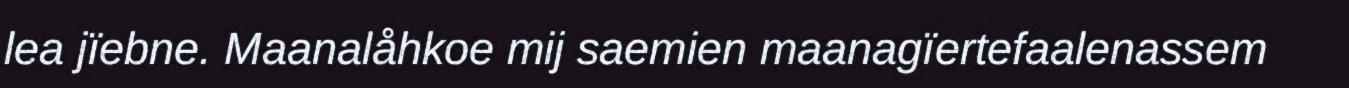
lea jïebne. Maanalåhkoe mij saemien maanagïertefaalenassem